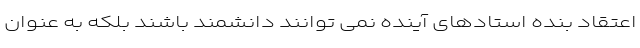
اعتقاد بنده استادهای آینده نمی توانند دانشمند باشند بلکه به عنوان